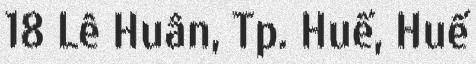
18 Lê Huân, Tp. Huế, Huế